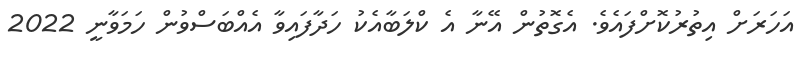
އަހަރަށް އިތުރުކޮށްފައެވެ. އެގޮތުން އޭނާ އެ ކްލަބާއެކު ހަދާފައިވާ އެއްބަސްވުން ހަމަވާނީ 2022